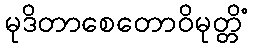
မုဒိတာစေတောဝိမုတ္တိံ